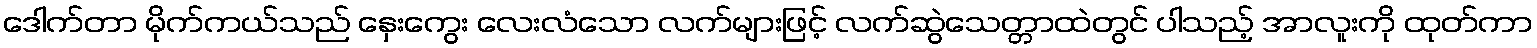
ဒေါက်တာ မိုက်ကယ်သည် နှေးကွေး လေးလံသော လက်များဖြင့် လက်ဆွဲသေတ္တာထဲတွင် ပါသည့် အာလူးကို ထုတ်ကာ